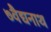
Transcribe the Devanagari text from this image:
७वैद्यनाथ